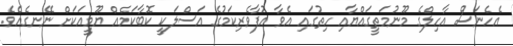
އެހެނަސް އާހިލްގެ މޫނުމަތީގައްޔާއި ހިތުގައި އެވާ އުފާވެރިކަމުގެ އަސްލަކީ ކޮބާކަމެއް ޔޫމީއަކަށް ނޭނގެއެވެ.